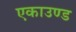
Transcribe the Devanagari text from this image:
एकाउण्ड